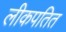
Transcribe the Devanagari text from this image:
लीकपतित